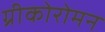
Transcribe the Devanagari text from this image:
ग्रीकोरोमन